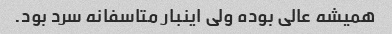
همیشه عالی بوده ولی اینبار متاسفانه سرد بود.